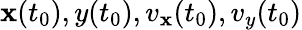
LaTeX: \mathbf{x}(t_{0}),y(t_{0}),v_{\mathbf{x}}(t_{0}),v_{y}(t_{0})